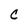
Character: C